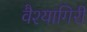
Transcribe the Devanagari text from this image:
वैश्यागिरी